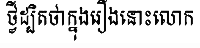
ថ្វីដ្បិតថាក្នុងរឿងនោះលោក